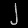
Digit: ၂